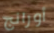
أورانج